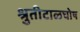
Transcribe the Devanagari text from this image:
श्रुतीटाळघोष